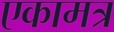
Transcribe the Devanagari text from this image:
एकामत्र